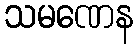
သမဏေန